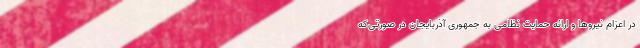
در اعزام نیروها و ارائه حمایت نظامی به جمهوری آذربایجان در صورتی‌که